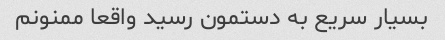
بسیار سریع به دستمون رسید واقعا ممنونم